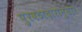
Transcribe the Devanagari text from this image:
पुरवठादारानुसार